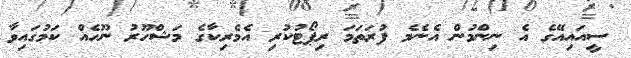
ސީއައިއޭގެ އެ ނިންމުން އެނެމެ ފުރަތަމަ ރިޕޯޓުކުރި އެމެރިކާގެ މަޝްހޫރު ނޫހެއް ކަމުގައިވާ